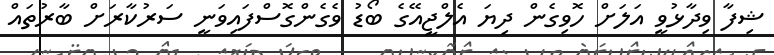
ޝިފާ ވިދާޅުވީ އަލަށް ހޮވިގެން ދިޔަ އެލްޖީއޭގެ ބޯޑު ވެގެންގޮސްފައިވަނީ ސަރުކާރަށް ބާރުތައް